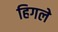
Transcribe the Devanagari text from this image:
हिगले